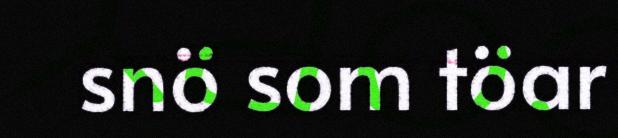
snö som töar